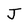
Character: J